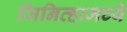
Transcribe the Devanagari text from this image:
जिनिव्हामध्ये